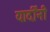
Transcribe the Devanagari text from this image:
यार्दींनी